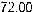
72.00